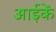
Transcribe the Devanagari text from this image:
आईकें